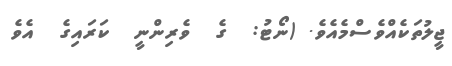
ޖީލުތަކެއްވެސްމެއެވެ. (ނޯޓު:  ގެ  ވެރިންނީ  ކަރައިގެ  އެވެ